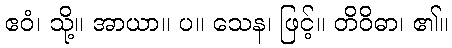
ဧဝံ၊ သို့။ အာယာ။ ပ။ သေန၊ ဖြင့်။ တိဝိဓာ၊ ၏။